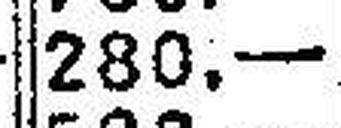
280.—